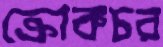
ক্রোকচর